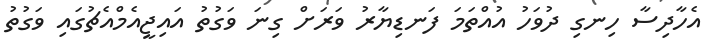
އެހާދިސާ ހިނގި ދުވަހު އުއްތަމަ ފަނޑިޔާރު ވަރަށް ގިނަ ވަގުތު އައިޖީއެމްއެޗުގައި ވަގުތު